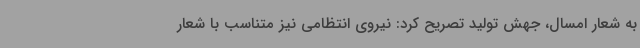
به شعار امسال، جهش تولید تصریح کرد: نیروی انتظامی نیز متناسب با شعار